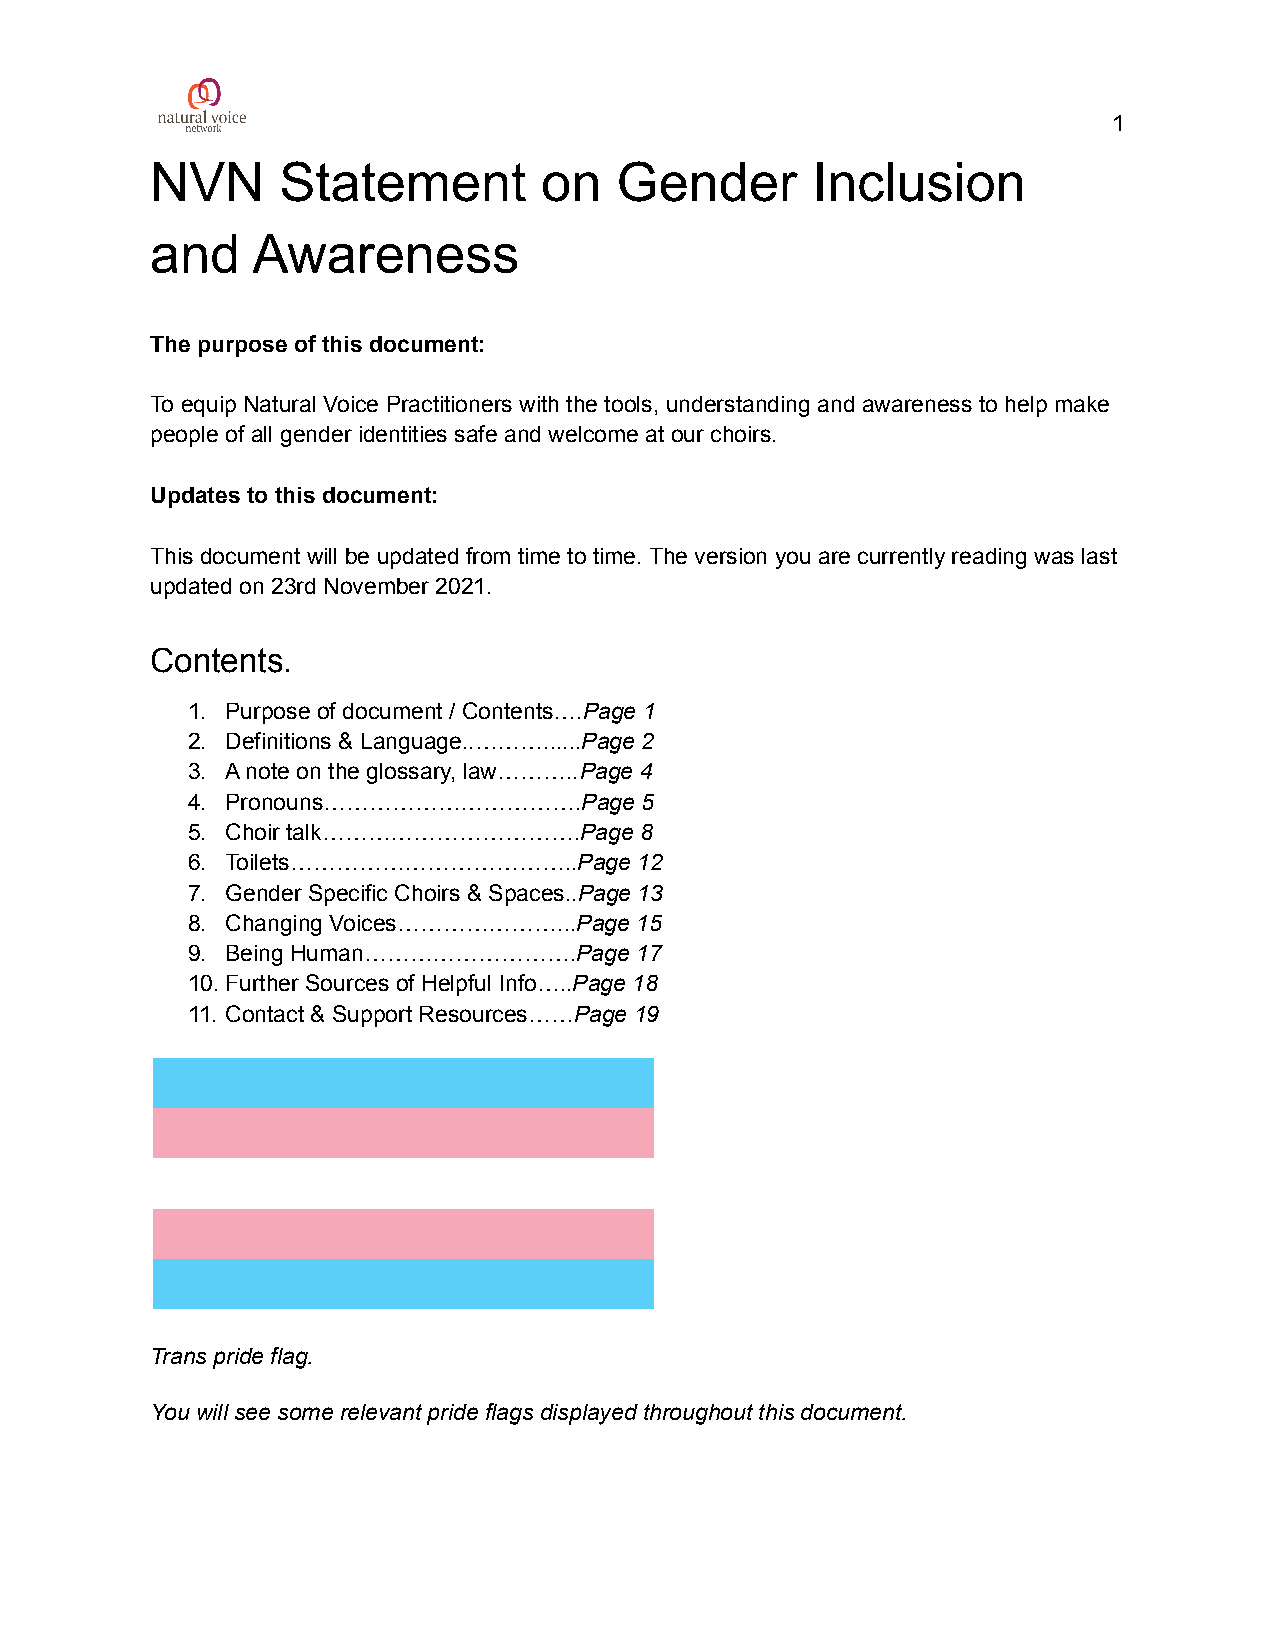
1
 NVN     Statement         on   Gender       Inclusion
 and    Awareness
 The purpose of this document:
 To equip Natural Voice Practitioners with the tools, understanding and awareness to help make
 people of all gender identities safe and welcome at our choirs.
 Updates to this document:
 This document will be updated from time to time. The version you are currently reading was last
 updated on 23rd November 2021.
 Contents.
 1. Purpose of document / Contents….Page 1
 2. Definitions & Language..………......Page 2
 3. A note on the glossary, law………..Page 4
 4. Pronouns…………………………….Page   5
 5. Choir talk…………………………….Page 8
 6. Toilets………………………………..Page  12
 7. Gender Specific Choirs & Spaces..Page 13
 8. Changing Voices…………………...Page 15
 9. Being Human……………………….Page  17
 10.Further Sources of Helpful Info…..Page 18
 11. Contact & Support Resources……Page 19
 Trans pride flag.
 You will see some relevant pride flags displayed throughout this document.